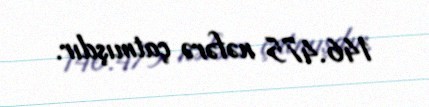
146.475 nəfərə çatmışdır.